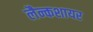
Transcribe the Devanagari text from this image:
लैन्कशायर